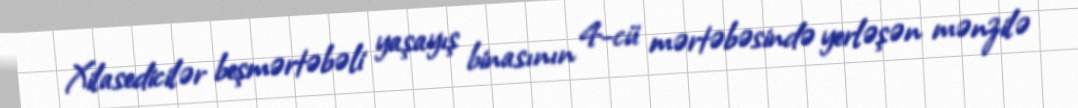
Xilasedicilər beşmərtəbəli yaşayış binasının 4-cü mərtəbəsində yerləşən mənzilə